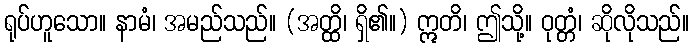
ရုပ်ဟူသော။ နာမံ၊ အမည်သည်။ (အတ္ထိ၊ ရှိ၏။) ဣတိ၊ ဤသို့။ ဝုတ္တံ၊ ဆိုလိုသည်။